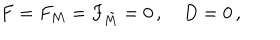
LaTeX: F = F _ { M } = F _ { \tilde { M } } = 0 \, , \quad D = 0 \, ,